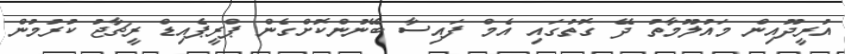
އުރީދޫއިން މައުލޫމާތު ދޭ ގޮތުގައި އެމް ފައިސާ ބޭނުންކޮށްގެން ޕްރީޕެއިޑް ރީޗާޖު ކުރުމުން